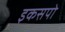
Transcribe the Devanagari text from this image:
इकसपो